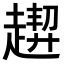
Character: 𧽁